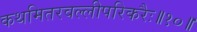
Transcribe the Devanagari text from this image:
कथमितरवल्लीपरिकरैः॥१०॥